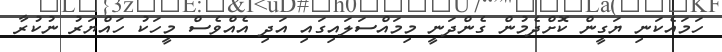
ހަމައެކަނި ޔަގީން ކޮށްދެމުން ގެންދަނީ މިމައްސަލައިގައި އަދި އެއްވެސް މީހަކު ހައްޔަރު ނުކުރާ